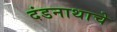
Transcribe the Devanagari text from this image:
दंडनाथाचे